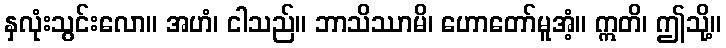
နှလုံးသွင်းလော။ အဟံ၊ ငါသည်။ ဘာသိဿာမိ၊ ဟောတော်မူအံ့။ ဣတိ၊ ဤသို့။